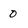
Character: 0